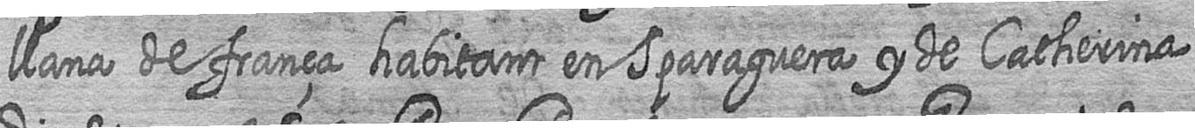
llana de frança habitant en Sparaguera y de Catherina